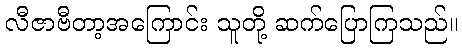
လီဇာဗီတာ့အကြောင်း သူတို့ ဆက်ပြောကြသည်။